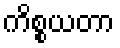
ကိစ္စယတာ